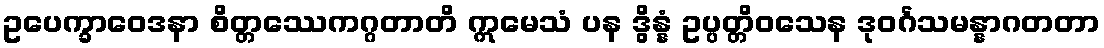
ဥပေက္ခာဝေဒနာ စိတ္တဿေကဂ္ဂတာတိ ဣမေသံ ပန ဒွိန္နံ ဥပ္ပတ္တိဝသေန ဒုဝင်္ဂသမန္နာဂတတာ